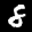
Label: 8